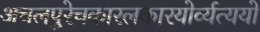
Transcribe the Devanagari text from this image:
अचलपुरेचकारलकारयोर्व्यत्ययो